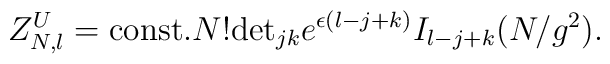
Z_{N,l}^{U}={\rm const.}N!{\rm det}_{jk}e^{\epsilon(l-j+k)}I_{l-j+k}(N/g^{2}).